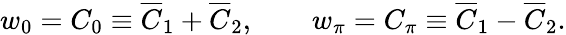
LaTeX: w_{0}=C_{0}\equiv\overline{{C}}_{1}+\overline{{C}}_{2},\qquad w_{\pi}=C_{\pi}\equiv\overline{{C}}_{1}-\overline{{C}}_{2}.